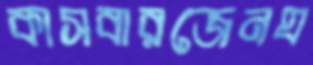
কাসবারজেনঘ